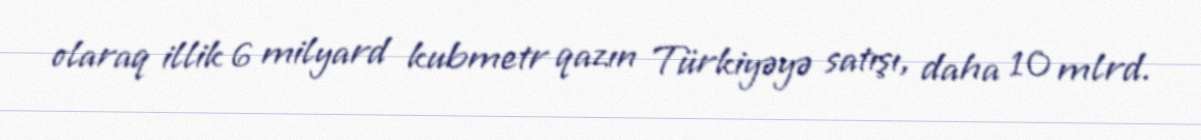
olaraq illik 6 milyard kubmetr qazın Türkiyəyə satışı, daha 10 mlrd.